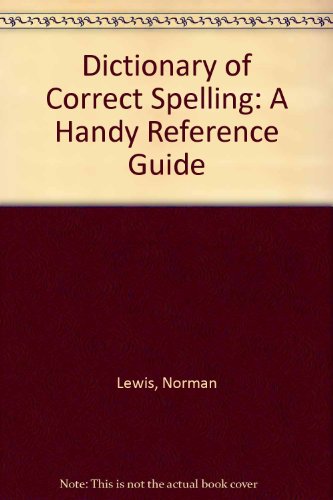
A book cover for Dictionary of Correct Spelling: A Handy Reference Guide (EH); Norman Lewis; Reference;